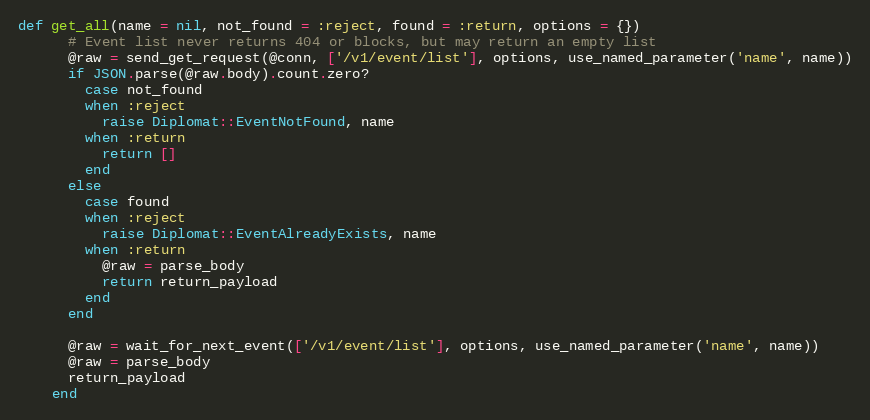
Language: Ruby
def get_all(name = nil, not_found = :reject, found = :return, options = {})
      # Event list never returns 404 or blocks, but may return an empty list
      @raw = send_get_request(@conn, ['/v1/event/list'], options, use_named_parameter('name', name))
      if JSON.parse(@raw.body).count.zero?
        case not_found
        when :reject
          raise Diplomat::EventNotFound, name
        when :return
          return []
        end
      else
        case found
        when :reject
          raise Diplomat::EventAlreadyExists, name
        when :return
          @raw = parse_body
          return return_payload
        end
      end

      @raw = wait_for_next_event(['/v1/event/list'], options, use_named_parameter('name', name))
      @raw = parse_body
      return_payload
    end